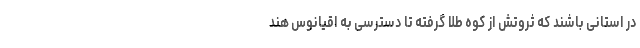
در استانی باشند که ثروتش از کوه طلا گرفته تا دسترسی به اقیانوس هند